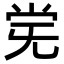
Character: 𫴽